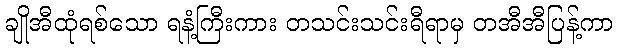
ချိုအီထုံရစ်သော ရနံ့ကြီးကား တသင်းသင်းရီရာမှ တအီအီပြန့်ကာ